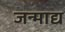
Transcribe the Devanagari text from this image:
जन्माद्य